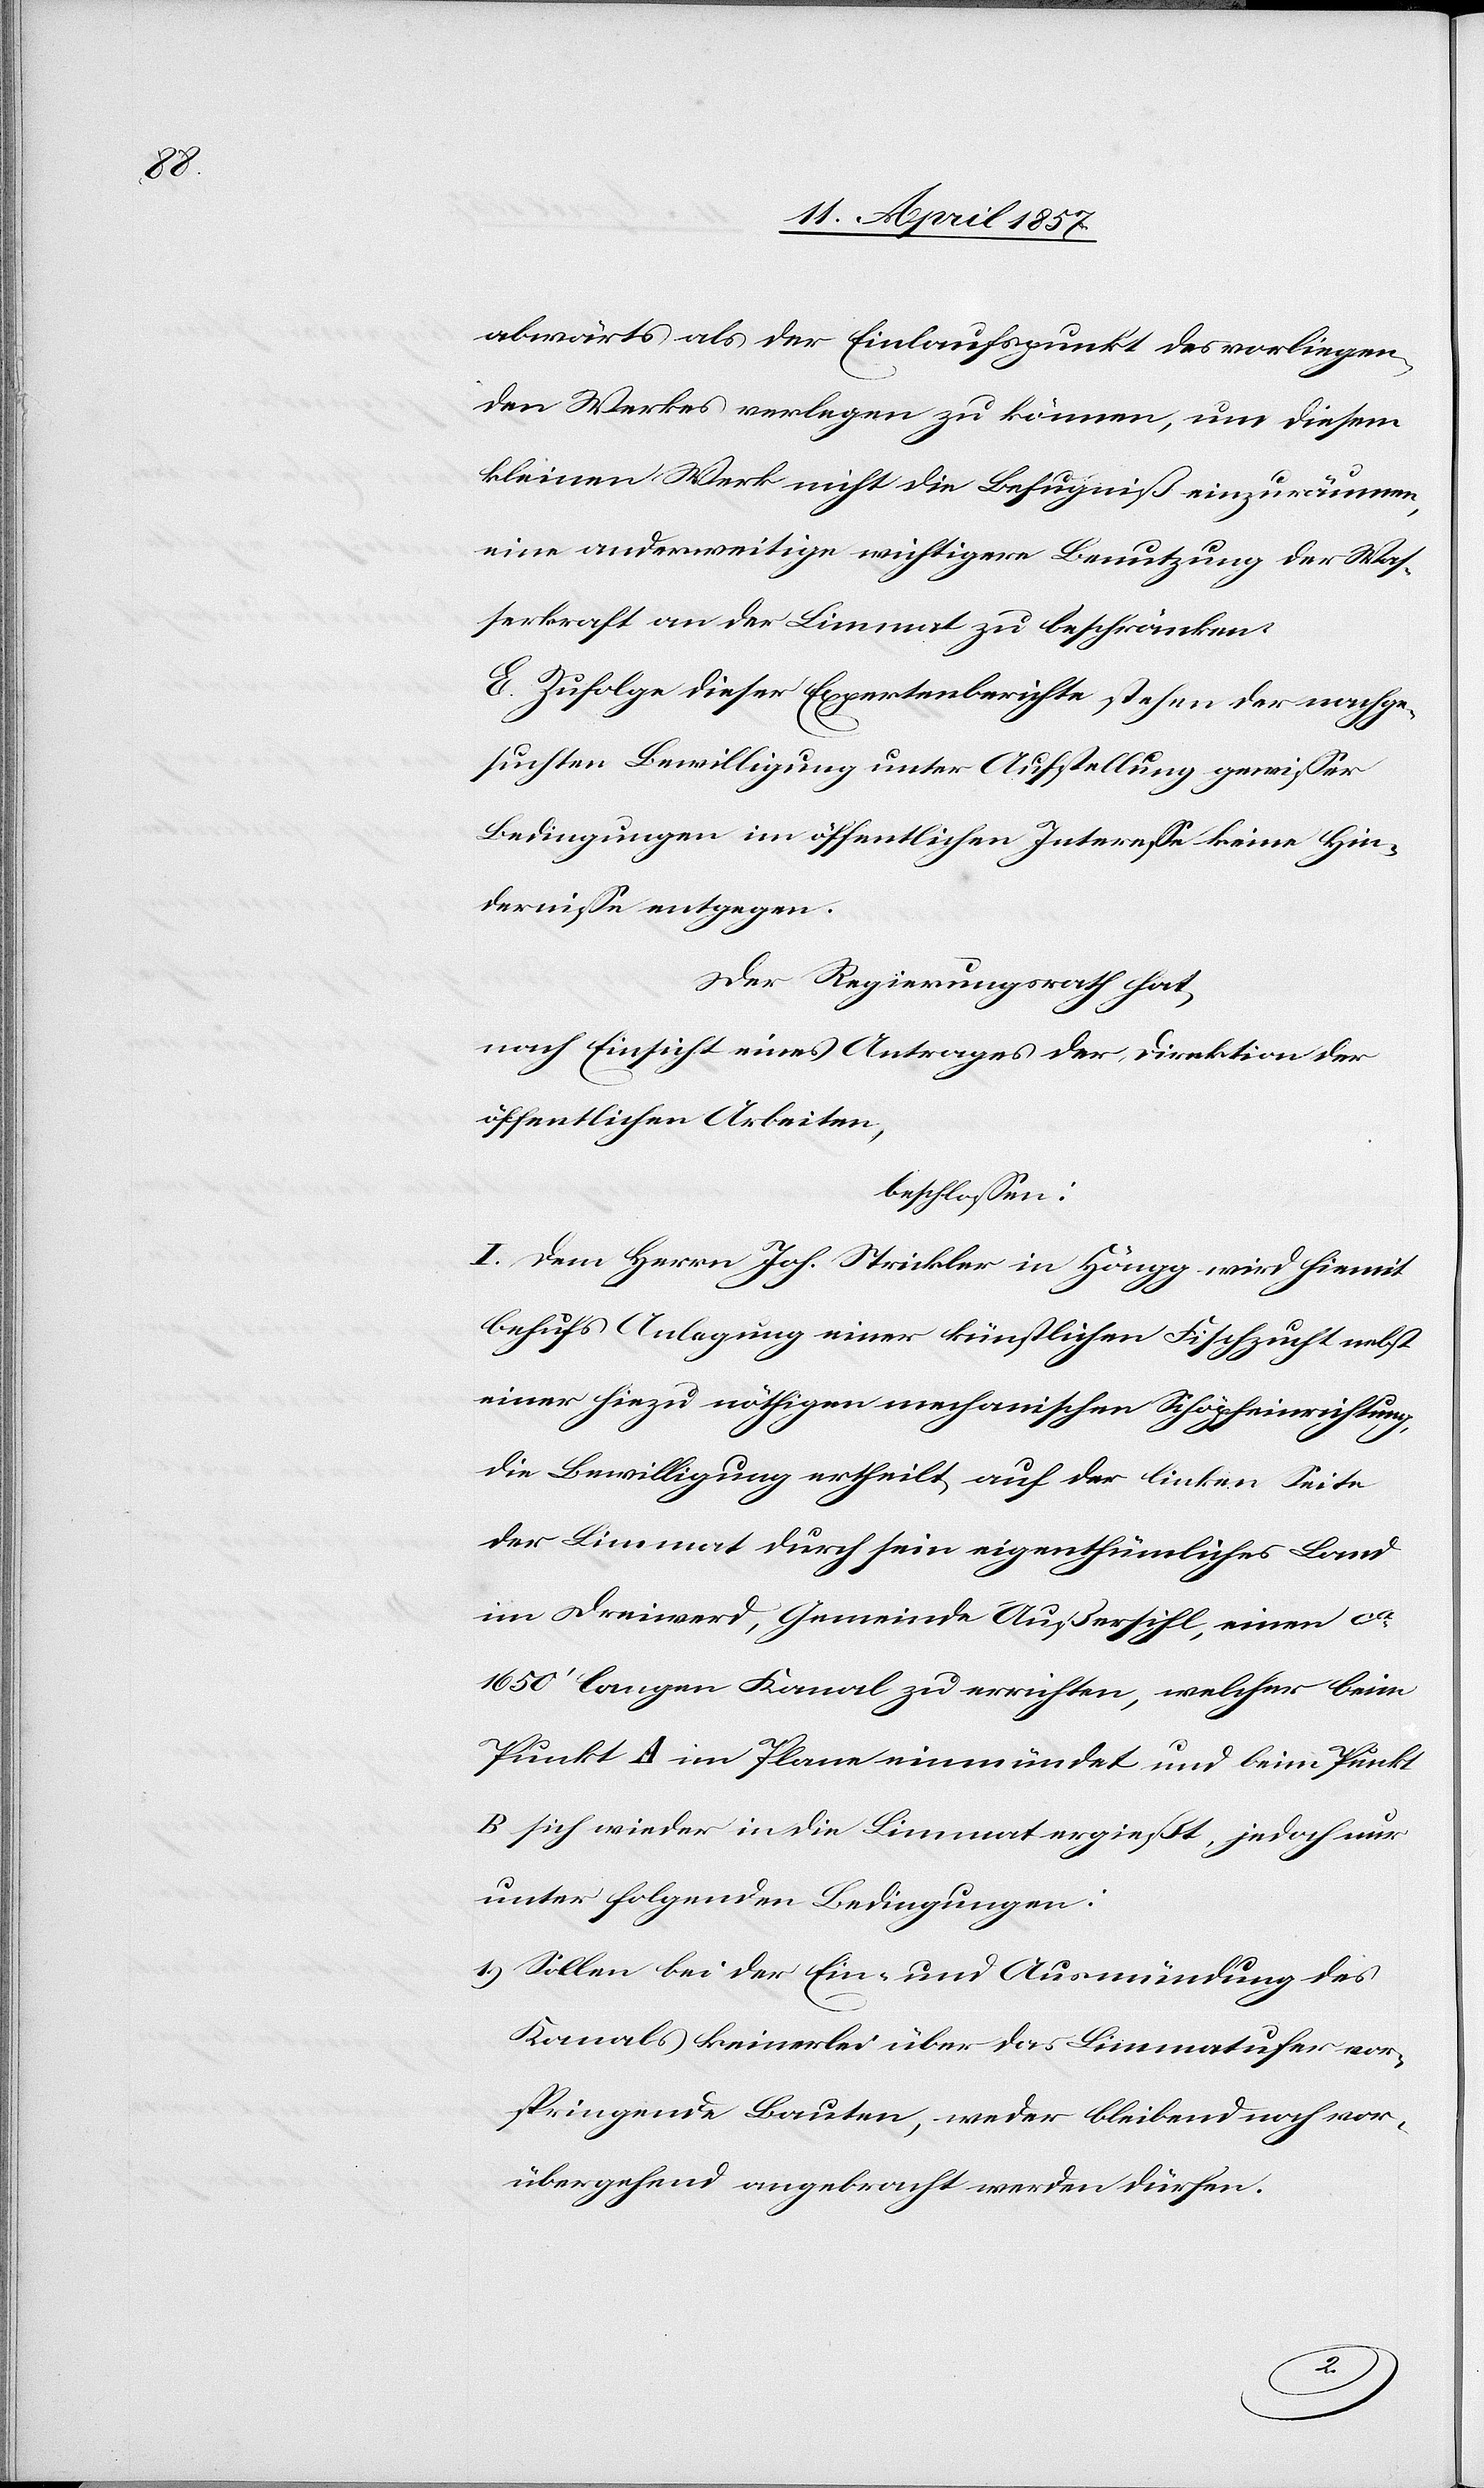
abwärts als der Einlaufspunkt des vorliegen¬
den Werkes verlegen zu können, um diesem
kleinen Werk nicht die Befugniß einzuräumen,
eine anderweitige wichtigere Benutzung der Was¬
serkraft an der Limmat zu beschränken.
E. Zufolge dieser Expertenberichte stehen der nachge¬
suchten Bewilligung unter Aufstellung gewisser
Bedingungen im öffentlichen Interesse keine Hin¬
dernisse entgegen.
Der Regierungsrath hat,
nach Einsicht eines Antrages der Direktion der
öffentlichen Arbeiten,
beschlossen:
I. Dem Herrn Joh. Strickler in Höngg wird hiemit
behufs Anlegung einer künstlichen Fischzucht nebst
einer hiezu nöthigen mechanischen Schöpfeinrichtung,
die Bewilligung ertheilt auf der linken Seite
der Limmat durch sein eigenthümliches Land
im Dreiwerd, Gemeinde Außersihl, einen ca
1650' langen Kanal zu errichten, welcher beim
Punkt A im Plane einmündet und beim Punkt
B sich wieder in die Limmat ergießt, jedoch nur
unter folgenden Bedingungen:
1.) Sollen bei der Ein- und Ausmündung des
Kanals keinerlei über das Limmatufer vor¬
springende Bauten, weder bleibend noch vor¬
übergehend angebracht werden dürfen.